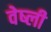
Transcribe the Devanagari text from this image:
वेष्ली